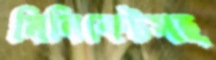
মিনিকেটসহ